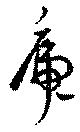
虎